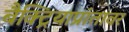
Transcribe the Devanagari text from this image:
बैक्ट्रियाप्रांतावर